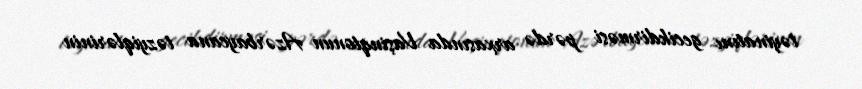
təyinatını gecikdirməsi pərdə arxasında Vaşinqtonun Azərbaycana təzyiqlərinin